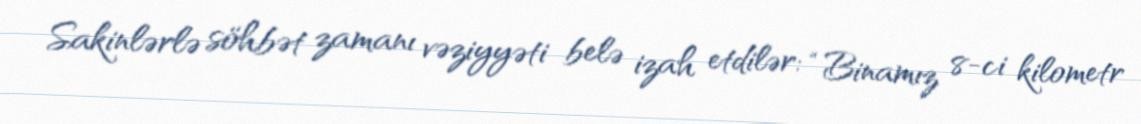
Sakinlərlə söhbət zamanı vəziyyəti belə izah etdilər: “Binamız 8-ci kilometr